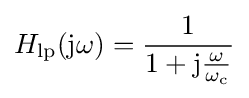
H_{\text{lp}}(\mathrm {j} \omega )={\frac {1}{1+\mathrm {j} {\frac {\omega }{\omega _{\text{c}}}}}}